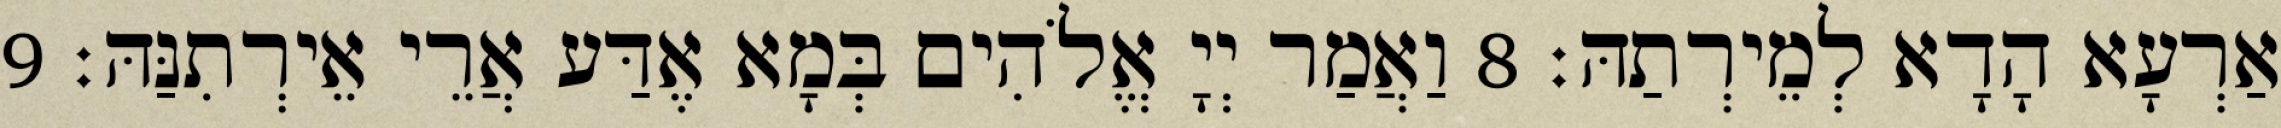
אַרְעָא הָדָא לְמֵירְתַהּ׃ 8 וַאֲמַר יְיָ אֱלֹהִים בְּמָא אֶדַּע אֲרֵי אֵירְתִנַּהּ׃ 9